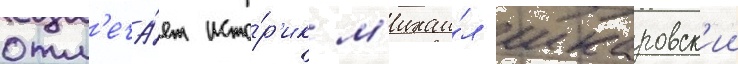
отм'еча́ет исто́р'ик м'ихаи́л шкаровск'ии